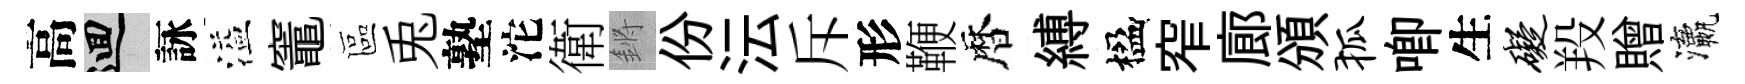
高回詠溢竈區兎塾沱衛鏘份沄斥形鞭暦縛楹窄廊頒狐唧生碍羖贈瀛